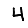
Digit: 4